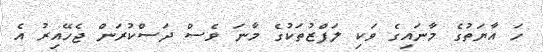
ހަ އާޔަތުގެ މާނައިގެ ވަކި ލަފްޒުތަކުގެ މާނަ ވެސް ދަސްކުރަން ޖެހޭއިރު އެ